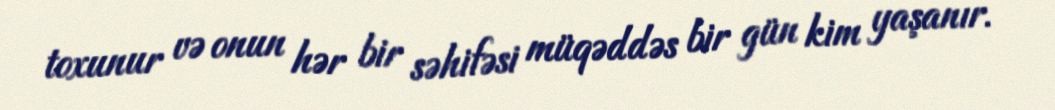
toxunur və onun hər bir səhifəsi müqəddəs bir gün kim yaşanır.